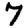
Digit: 7